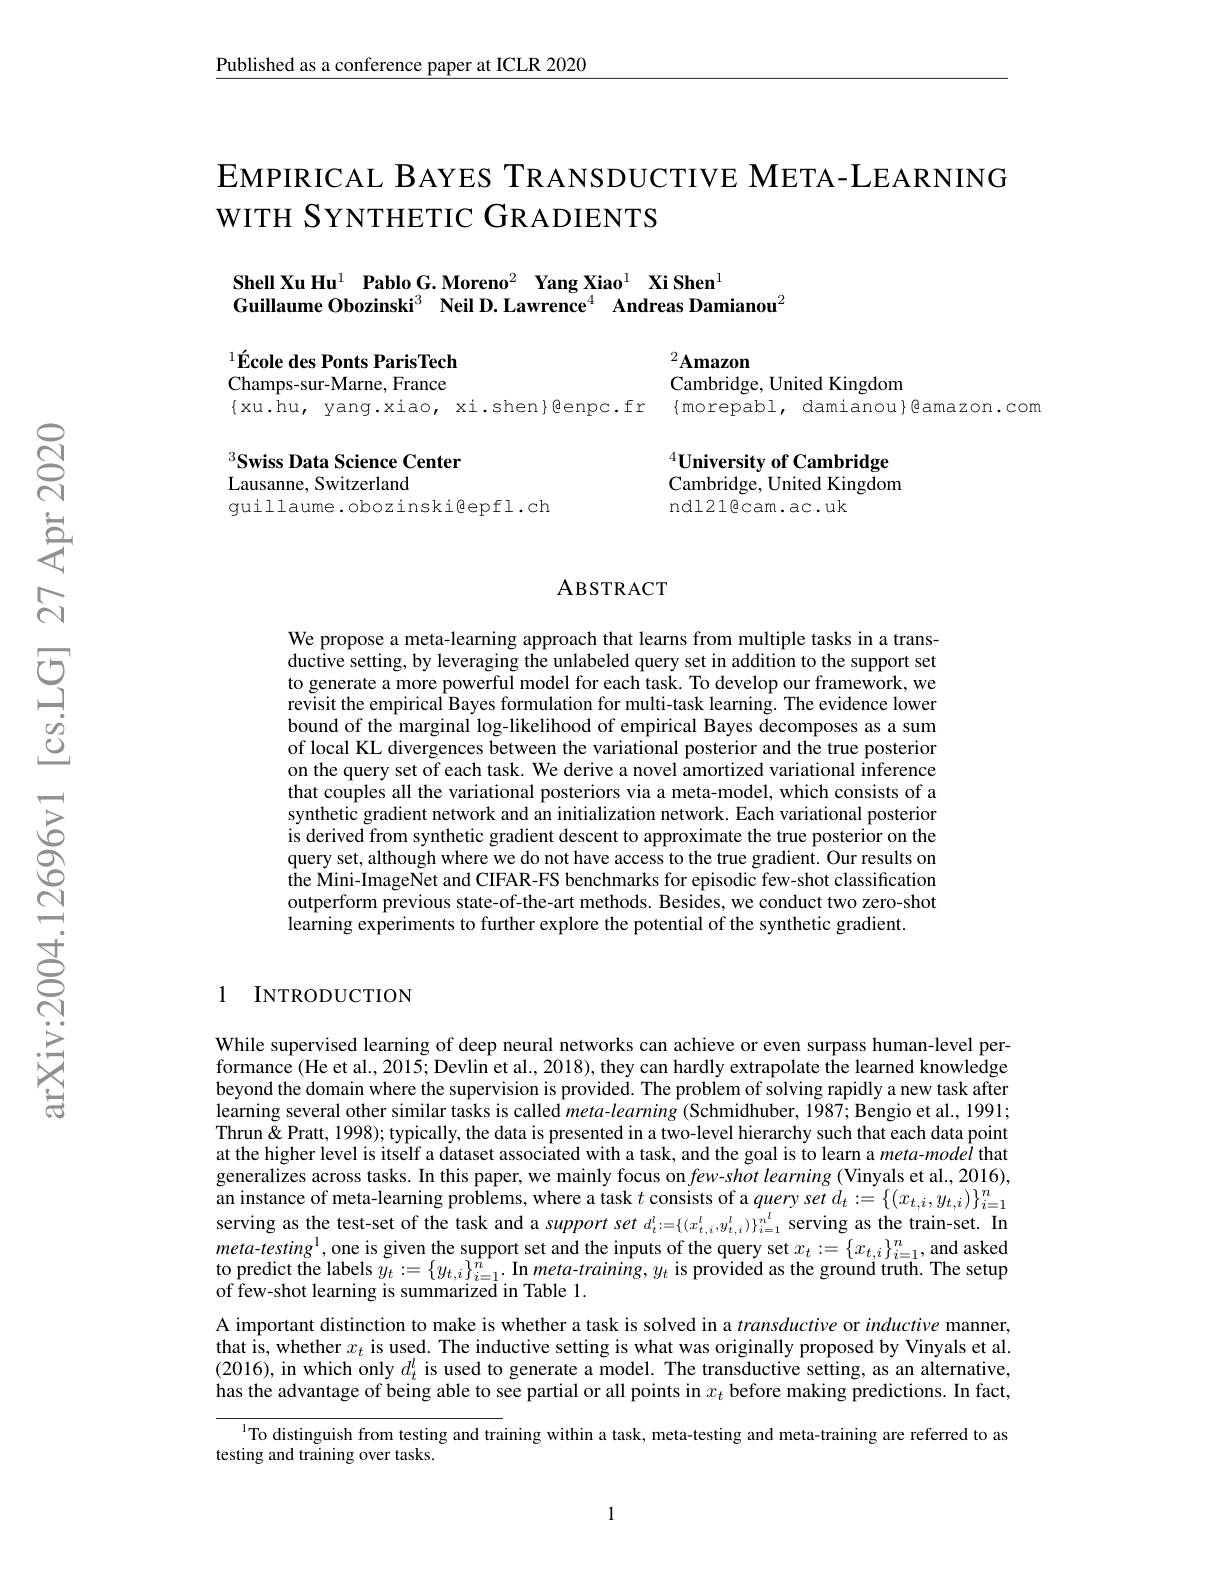
Published as a conference paper at ICLR 2020

EMPIRICAL BAYES TRANSDUCTIVE META- LEARNING
WITH SYNTHETIC GRADIENTS

Shell Xu Hu$^{1}$ Pablo G. Moreno$^{2}$ Yang Xiao$^{1}$ Xi Shen$^{1}$
Guillaume Obozinski$^3$ $\textbf{Neil D. Lawrence}^{4}$ $\textbf{Andreas Damianou}^{2}$

$^{1}\text{\'{E} cole des Ponts ParisTech}$
$^{2}\mathbf{Amazon}$
Cambridge, United Kingdom
Champs-sur-Marne, France
$\{$xu.hu, yang.xiao, xi.shen}benpc.fr
$\{$morepabl, damianou$\}$êamazon.com

Swiss Data Science Center
Lausanne, Switzerland
guillaume.obozinskigepfl.ch

$^{4}\textbf{University of Cambridge}$ Cambridge, United Kingdom ndl21@cam.ac.uk

### ABSTRACT

We propose a meta-learning approach that learns from multiple tasks in a transductive setting, by leveraging the unlabeled query set in addition to the support set to generate a more powerful model for each task. To develop our framework, we revisit the empirical Bayes formulation for multi-task learning. The evidence lower bound of the marginal log-likelihood of empirical Bayes decomposes as sum of local KL divergences between the variational posterior and the true posterior on the query set of each task. We derive a novel amortized variational inference that couples all the variational posteriors via a meta-model, which consists of a synthetic gradient network and an initialization network. Each variational posterior is derived from synthetic gradient descent to approximate the true posterior on the query set, although where we do not have access to the true gradient. Our results on the Mini-ImageNet and CIFAR-FS benchmarks for episodic few-shot classification outperform previous state-of-the-art methods. Besides, we conduct two zero-shot learning experiments to further explore the potential of the synthetic gradient.

## 1 INTRODUCTION

While supervised learning of deep neural networks can achieve or even surpass human-level performance (He et al., 2015; Devlin et al., 2018), they can hardly extrapolate the learned knowledge beyond the domain where the supervision is provided. The problem of solving rapidly a new task after learning several other similar tasks is called meta-learning (Schmidhuber, 1987; Bengio et al., 1991; Thrun & Pratt, 1998); typically, the data is presented in a two-level hierarchy such that each data point at the higher level is itself a dataset associated with a task, and the goal is to learn a meta-model that generalizes across tasks. In this paper, we mainly focus on $few- shot\textit{learning ( Vinyals et al. , 2016) , }$ an instance of meta-learning problems, where a task $t$ consists of a query set $d_t:=\{(x_{t,i},y_{t,i})\}_{i=1}^{n}$ serving as the test-set of the task and a support set $d_t^l:=\{(x_{t,i}^l,y_{t,i}^l)\}_{i=1}^{n^l}$ serving as the train-set. In $meta-testing^{1}$,one is given the support set and the inputs of the query set $x_t:=\{x_{t,i}\}_{i=1}^n$, and asked to predict the labels $y_t:=\left\{y_{t,i}\right\}_{i=1}^n.$ In meta-training, $y_t$ is provided as the ground truth. The setup of few-shot learning is summarized in Table 1.
A important distinction to make is whether a task is solved in a transductive or inductive manner, that is, whether $x_t$ is used. The inductive setting is what was originally proposed by Vinyals et al. (2016),in which only $d_t^l$ is used to generate a model. The transductive setting, as an alternative has the advantage of being able to see partial or all points in $x_t$ before making predictions. In fact,
l To distinguish from testing and training within a task, meta-testing and meta-training are referred to as

testing and training over tasks.

1